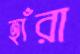
হাঁরা